Calcutta medical institutions reports 1871-78
Year: 1871
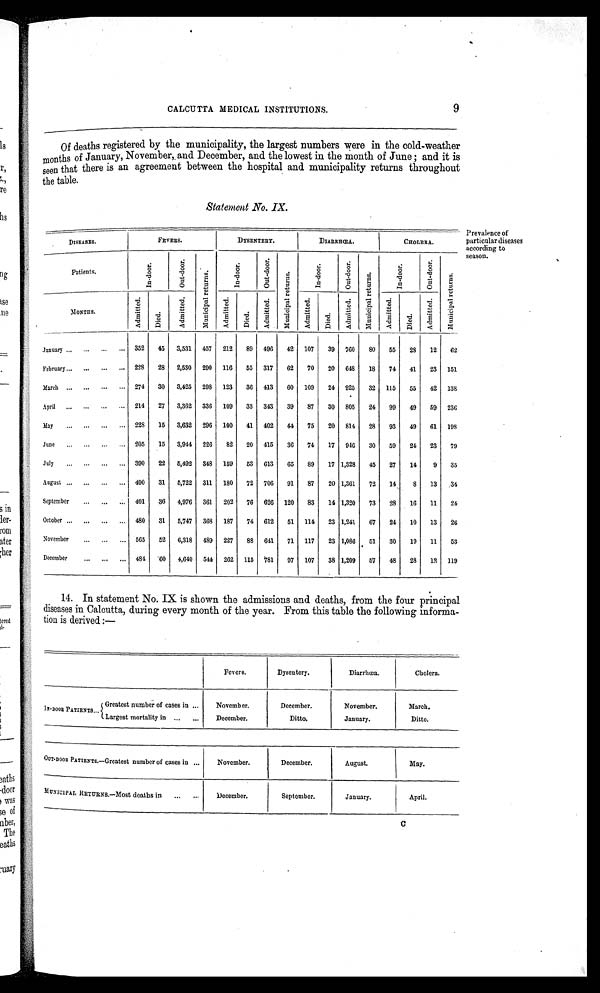
CALCUTTA MEDICAL INSTITUTIONS. 9
Of deaths registered by the municipality, the largest numbers were in the cold-weather
months of January, November,. and December, and the lowest in the month of June ; and it is
seen that there is an agreement between the hospital and municipality returns throughout
the table.
Statement No. IX.
DISEASES.
FEVERS.
DYSENTERY.
DIARRHŒA.
CHOLERA.
Patients.
I n - d o o r .
O u t - d o o r . M u n i c i p a l r e t u r n s .
I n - d o o r .
O u t - d o o r .
M u n i c i p a l r e t u r n s .
I n - d o o r .
O u t - d o o r .
M u n i c i p a l r e t u r n s .
I n - d o o r .
O u t - d o o r .
M u n i p i p a l r e t u r n s .
MONTHS.
A d m i t t e d .
Died.
A d m i t t e d .
A d m i t t e d .
Died.
A d m i t t e d .
A d m i t t e d .
Died.
A d m i t t e d .
A d m i t t e d .
D i e d .
A d m i t t e d .
January
352 45 3,531 457 212 89 496 42 107 39 760 80 55 28 12 62
February
228 28 2,530 290 116 55 317 62 70 20 648 18 74 41 23 151
March
274 30 3,425 298 123 36 413 60 109 24 925 32 115 55 42 138
April
214 27 3,362 336 109 33 343 39 87 30 805 24 99 49 59 236
May
228 15 3,632 296 100 41 402 44 75 20 814 28 93 49 61 198
June
205 15 3,944 226 82 20 415 36 74 17 946 30 59 24 23 79
July
390 22 5,492 348 159 53 613 65 89 17 1,328 45 27 14
9 35
August
490 31 5,722 311 180 72 706 91 87 20 1,361 72 14
8 13 34
September
401 36 4,976 361 202 76 626 120 83 14 1,320 73 28 16 11 24
October
480 31 5,747 368 187 74 612 51 114 23 1,241 67 24 10 13 26
November
565 52 6,318 489 227 88 641 71 117 23 1,086 51 30 19 11 53
December
484 60 4,640 544 262 115 781 97 107 38 1,209 57 48 28 12 119
Prevalence of
particular diseases
according to
season.
14. In statement No. IX is shown the admissions and deaths, from the four principal
diseases in Calcutta, during every month of the year. From this table the following informa
-
tion is derived :—
Fevers.
Dysentery.
Diarrhœa.
Cholera.
IN-DOOR PATIENTS
Greatest number of cases in
November.
December.
November.
March.
Largest mortality in
December.
Ditto.
January.
Ditto.
OUT-DOOR PATIENTS.—Greatest number of cases in
November.
December.
August.
May.
MUNICIPAL RETURNS.—Most deaths in
December.
September.
January.
April.
Ci